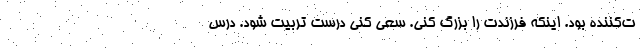
ت‌کننده بود. اینکه فرزندت را بزرگ کنی. سعی کنی درست تربیت شود. درس